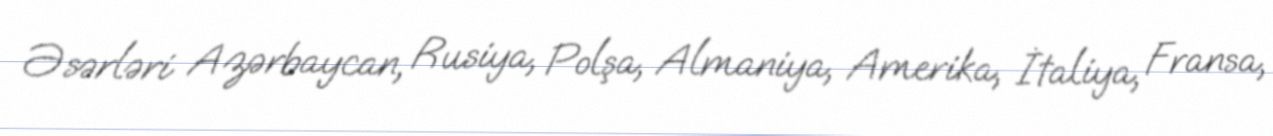
Əsərləri Azərbaycan, Rusiya, Polşa, Almaniya, Amerika, İtaliya, Fransa,